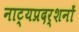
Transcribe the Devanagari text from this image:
नाट्यप्रदर्शनों